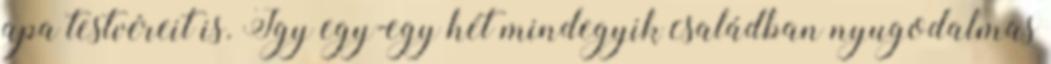
apa testvéreit is. Így egy-egy hét mindegyik családban nyugodalmas